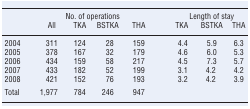
<table><thead><tr><td></td><td colspan="4"><b>No. of operations</b></td><td colspan="3"><b>Length of stay</b></td></tr><tr><td></td><td><b>All</b></td><td><b>TKA</b></td><td><b>BSTKA</b></td><td><b>THA</b></td><td><b>TKA</b></td><td><b>BSTKA</b></td><td><b>THA</b></td></tr></thead><tbody><tr><td>2004</td><td>311</td><td>124</td><td>28</td><td>159</td><td>4.4</td><td>5.9</td><td>6.3</td></tr><tr><td>2005</td><td>378</td><td>167</td><td>32</td><td>179</td><td>4.6</td><td>6.0</td><td>5.3</td></tr><tr><td>2006</td><td>434</td><td>159</td><td>58</td><td>217</td><td>4.5</td><td>7.3</td><td>5.7</td></tr><tr><td>2007</td><td>433</td><td>182</td><td>52</td><td>199</td><td>3.1</td><td>4.2</td><td>4.2</td></tr><tr><td>2008</td><td>421</td><td>152</td><td>76</td><td>193</td><td>3.2</td><td>4.2</td><td>3.9</td></tr><tr><td>Total</td><td>1,977</td><td>784</td><td>246</td><td>947</td><td></td><td></td><td></td></tr></tbody></table>